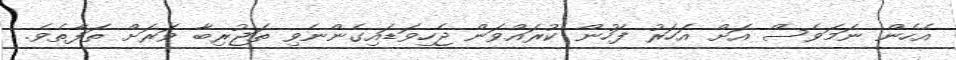
އެހެން ނަމަވެސް އަށް އަހަރު ފަހުން ކުރައްވަން ޖެހިވަޑައިގެންނެވި ތަޖުރިބާ ވަރަށް ތަފާތެވެ.